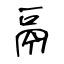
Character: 鬲